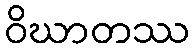
ဝိဃာတဿ